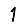
Digit: 1